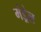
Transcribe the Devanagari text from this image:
मंड्रेल